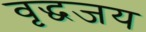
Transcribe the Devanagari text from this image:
वृद्धजय